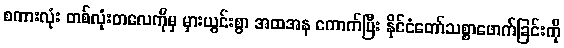
စကားလုံး တစ်လုံးတလေကိုမှ မှားယွင်းစွာ အထအန ကောက်ပြီး နိုင်ငံတော်သစ္စာဖောက်ခြင်းကို